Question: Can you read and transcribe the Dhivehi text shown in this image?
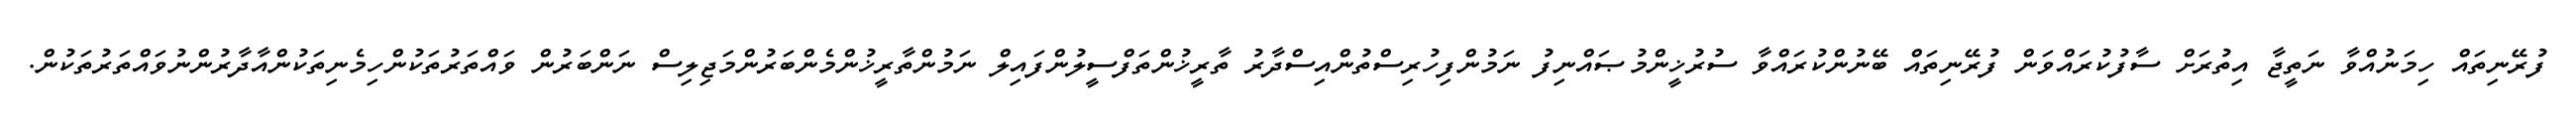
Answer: ފުރޭނިތައް ހިމަނުއްވާ ނަތީޖާ އިތުރަށް ސާފުކުރައްވަން ފުރޭނިތައް ބޭނުންކުރައްވާ ސުރުޚީންމުޞައްނިފު ނަމުންފިހުރިސްތުންއިސްދާރު ތާރީޚުންތަފްސީލުންފައިލް ނަމުންތާރީޚުންމެންބަރުންމަޖިލިސް ނަންބަރުން ވައްތަރުތަކުންހިމެނިތަކުންއާދާރުންނުވައްތަރުތަކުން.